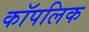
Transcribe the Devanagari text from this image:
कॉपलिक